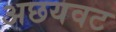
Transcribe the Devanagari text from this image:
अछयवट